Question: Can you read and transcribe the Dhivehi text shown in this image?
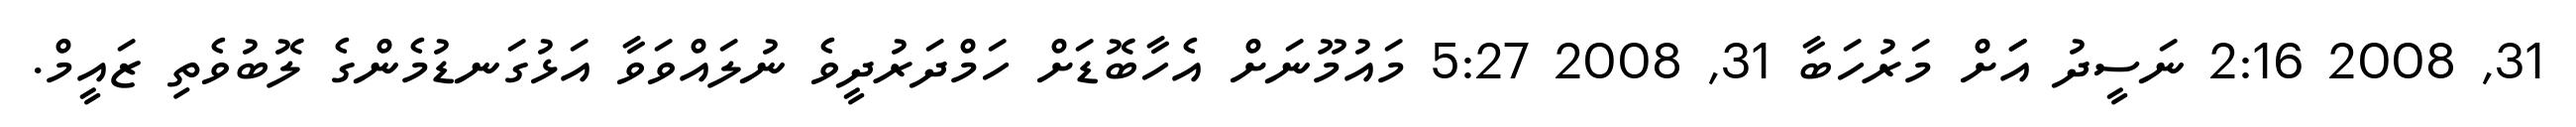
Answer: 31, 2008 2:16 ނަސީދު އަަށް މަރުހަބާ 31, 2008 5:27 މައުމޫނަށް އެހާބޮޑަށް ހަމްދަރުދީވެ ނުލައްވަވާ އަޅުގަނޑުމެންގެ ލޮބުވެތި ޒައީމް.